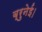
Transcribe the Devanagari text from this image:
ब्रुनेई।